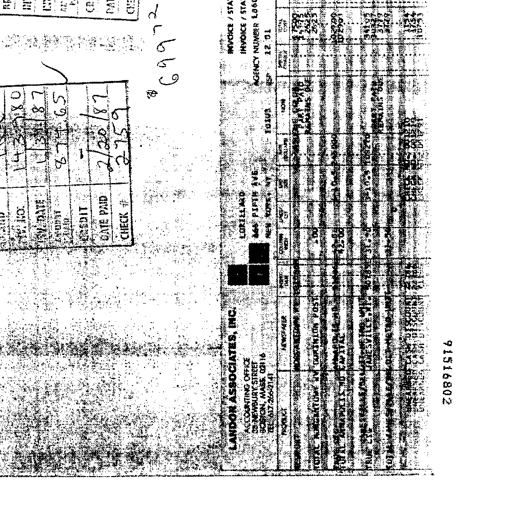
Transcript:
143980
1/31/87
874.65
2/20/87
2759
699.72
INV. NO.
INV. DATE
AMOUNT
PAID
CREDIT
DATE PAID
CHECK #
LANDOR ASSOCIATES, INC.
ACCOUNTING OFFICE
38 NEWBURY STREET
BOSTON, MASS. 02116
TEL: 617-266-2141
LORILLARD
666 FIFTH AVE.
NEW YORK, NY 10103
INVOICE / STA
INVOICE / STA
AGENCY NUMBER 1.066
REP 12 01
PRODUCT
NEWSPAPER
INSERT
DATE
COLUMN
INCH
LINES
QTY
UNIT
SIZE
DOLLARS
NONE
SPECIAL
CHARGE
TOTAL
COST
NEWPORT
MORRISTOWN, NJ RECORD
1/22
100
75.00
75.00
PART PAID
REMAINS DUE
50.75
24.25
TOTAL NEWPORT IN MORRISTOWN POST
24.25
TOTAL NEWPORT IN NJ CAPITAL
10.2700
42.00
0.5
43.050
10.2700
TRUE 100
JANESVILLE, WI GAZETTE 1/18
31.50
10.8
340.20
341.35
PART PAID
REMAINS DUE
303.56
37.79
TOTAL NEWPORT IN OLD METRO UNIT
37.79
UNEARNED CASH DISCOUNT
UNEARNED CASH DISCOUNT
UNEARNED CASH DISCOUNT
2% MAR
2% FEB
2% JAN
11.54
17.54
18.73
91516802